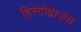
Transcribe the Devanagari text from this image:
हिस्टोप्लाज़्मा